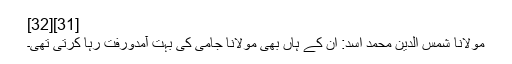
[31][32]
مولانا شمس الدین محمد اسد: اِن کے ہاں بھی مولانا جامی کی بہت آمدورفت رہا کرتی تھی۔